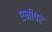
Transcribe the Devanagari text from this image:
एमीपर